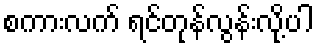
စကားလက် ရင်တုန်လွန်းလို့ပါ